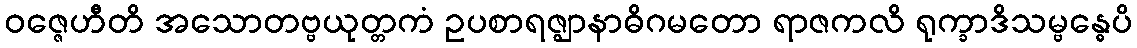
ဝဇ္ဇေဟီတိ အသောတဗ္ဗယုတ္တကံ ဥပစာရဇ္ဈာနာဓိဂမတော ရာဇကလိ ရုက္ခာဒိသမ္ဗန္ဓေပိ